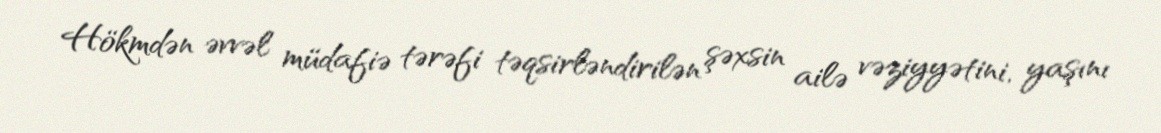
Hökmdən əvvəl müdafiə tərəfi təqsirləndirilən şəxsin ailə vəziyyətini, yaşını